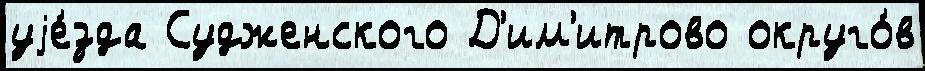
уjе́зда Судженского Д'им'итрово округо́в